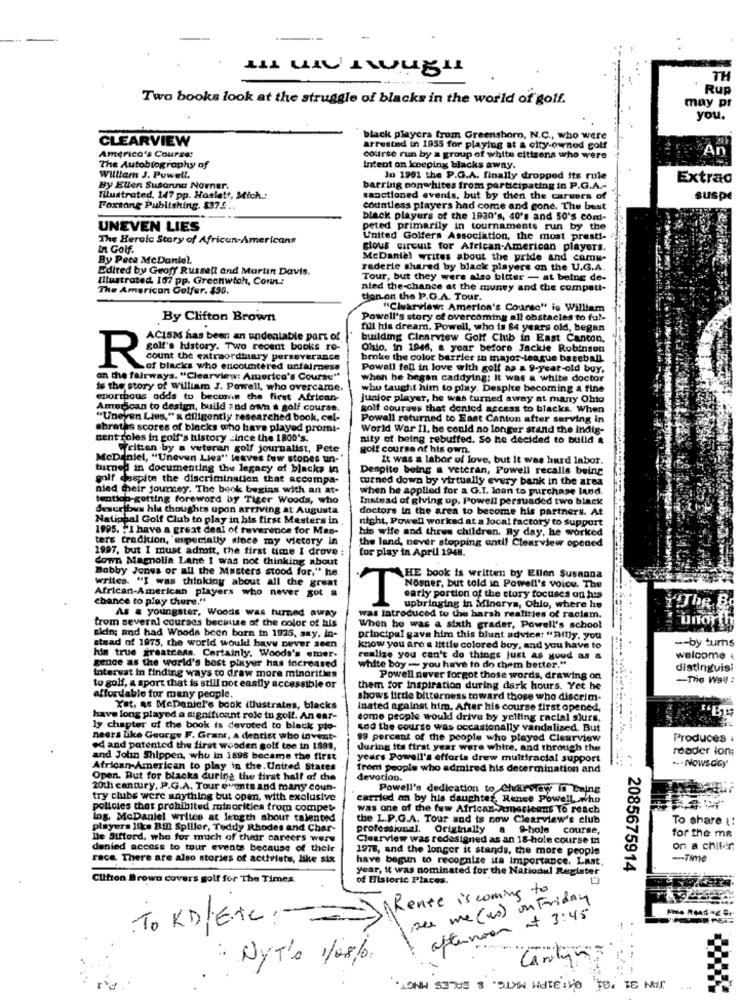
TH
Rup
Two books look at the struggle of blacks in the world of golf.
may pr
you.
CLEARVIEW
black playera from Greenshorn, N.C ., who were
America's Course:
arrested in 1955 for playing at a city-owned golf
Ar
course run by a group of white citizens who were
The Autobiography of
Intent on keeping blacks away.
William J. Powell,
lo 1901 the P.G.A. finally dropped its rule
Extrad
By Ellen Susanna Norner,
barring conwhites from participating in P.G.A .-
Illustrated. 147 pp. Haslett, Mich .:
sanctioned events, but by then the careers of
Buspe
Foxtong Publishing. $37 ....
countless players had come and gone. The best
black players of the 1930's, 40's and 50's com !-
UNEVEN LIES
peted primarily in tournaments run by the
The Heroic Story of African-Americans
United Golfers Association, the most presti-
In Golf.
glous circuit for African-American players.
By Peta McDaniel.
McDaniel writes about the pride and comu-
Edited by Geofy Russell and Martin Davis.
raderie shared by black players on the U.G.A.
Illustrated 107 pp. Greenwich, Conn .:
Tour, but they were also bitter - at beine de-
The American Golfer. 490.
nied the chance at the munvy and the competi-
tion on the P.G.A. Tour.
"Clearview: America's Course" is William
By Clifton Brown
Powell's story of overcoming all obstacles to ful-
full his dream. Powell, who is 64 years old, began
ACISM has been an undeniable part of
building Clearview Golf Club in East Canton.
golf's history. Two recent books re-
Ohio. in 1946, a year before Jackie Robinson
R
count the extraordinary perseverance
broke the color barrier in major-league baseball
of blacks who encountered unfairness
Powell fell in love with golf as a 9-year-old buy.
on the fairways. "Clearview: America's Course"
when he began caddying: It was a wtilte doctor
is the story of william J. Powell, who overcame.
who taught him to play. Despite becoming a fine
eportous adds to become the first African-
junior player, he was turned away at many Ohio
American to design, build and own & golf course.
golf courses that dentod access to blacks. When
"Uneyen Lius," a diligently researched book, col-
Powell returned to East Canton after serving in
chratas scores of blacks who have played promi-
World War II. be could no longer stand the indig-
Bent roles in golf's history _ince the 1800's.
nity of being rebuffed. So he decided to build a
Written by a veteran golf journalist, Pete
golf course of his own.
McDaniel, "Uneven Lies" leaves few stones un-"
It was a labor of love, but It was hard labor.
turned in documenting the legacy of blacks in
Despite being a veteran, Powell recalls being
golf despite the discrimination that accompa-
turned down by virtually every bank in the area
nied their journey. The book begins with an at-
when he applied for a G.I. loan to purchase land.
tention-getting foreword by Tiger Woods, who
Instead of giving up. Powell persuaded two black
describes his thoughts upon arriving at Augusta
doctors in the area to become his partners. At
National Golf Club to play in his first Mesters in.
night, Powell worked at a local factory to support
1995. "I have a great deal of reverence for Mas-
his wife and three children, By day, he worked
ters tradition, especially since my victory in
the land, never stopping antil Clearview opened
1997, but I must admit, the first time I drove :
for play in April 1948.
down Magnolia Lane I was not thinking about
Bobby Jones or all the Masters stood for," he
writes. "I was thinking about all the great
THE book is written by Ellen Susanna
African-American players who never got a
chance to play there."
SoyDer, but cold in Powell's Voice. The
carly portion of the story focuses on his
As & youngster, Woods was turned away
upbringing in Minerva, Ohio, where he
The B
was introduced to the harsh realities of racism.
unorth
trom several courads because of the color of his
When he was a sixth grader, Powell's school
skin; and had Woods been born in 1925, say. In-
principal gave him this blunt advice: "Rilly, you
-- by turns
stead of 1975, the world would have never seen
know you are a little colored boy, and you have to
his true greatress. Certainly. Woods's emer-
gence as the world's best player has increased
realize you can't do things just as youd as a
welcome
white boy - you have to do them better."
distinguisi
Interest in finding ways to draw more minorities
Powell never forgot those words, drawing on
-The Wall :
to golf, & sport that is still not easily accessible or
them for inspiration during dark hours. Yet he
affordable for many people.
shows little bitterness toward those who discrim-
Xet, as MeDaniel's book illustrates, blacks
Inated against him. After his course first opened,
have long played a significant role to goif. An ear-
some people would drive by yelling racial slurs,
ly chapter of the book is devoted to black pio-
sod the course was occasionally vandalized. But
nears like George F. Grant, A dentist who lovemt-
99 percent of the people who played Clearview
Produces .
ed and patented the first wooden golf toe in 1883.
during its first year were white, and through the
reader lon;
and John Shippen, who in 1896 became the first
years Powell's efforts drew multiracial support
.. ...
.-. Nowsdey
African-American to play in the. United States
from people who admired his determination and
Open. But for blacks during the first half of the
devocion.
20th century. P.G.A. Tour events and many coun-
Powell's dedication to Charview is being
try clube were anything but open, with exclusive
carried an by his daughter, Rence Powell who
policies that prohibited minorities from compet-
was one of the few African-Amerieens To reach
log, McDaniel writes at length abour talented
the L.P.G.A. Tour and is now Clearview's club
To share a:
players like Bil Spiller, Teddy Rhodes and Char-
professional. Originally a hole course,
le Sifford, who for much of their careers wers
Clearview was redesigned as an 18-hole course in
for the me
denied access to tour events because of their
1978, and the longer it stands, the more people
on a chiliin
race. There are also stories of activists, like six
have begun to recognize its importance. Last
-Time
year, it was nominated for the Nationul Register
. 2085675914
Clifton Brown covers golf for The Times.
of Historic Places.
Rente is coming to
see me (us) on Friday
afternoon at 3:45
TO KDEAL->
: NYT's 1/08/0.
JAN 31 '04, 04:31PM MKTG. & SALES MNGT.